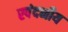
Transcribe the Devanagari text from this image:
स्पंदनीय